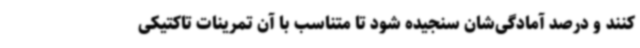
کنند و درصد آمادگی‌شان سنجیده شود تا متناسب با آن تمرینات تاکتیکی